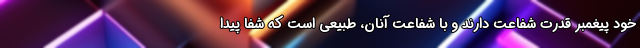
خود پیغمبر قدرت شفاعت دارند و با شفاعت آنان، طبیعی است که شفا پیدا